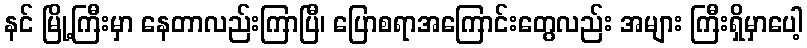
နင် မြို့ကြီးမှာ နေတာလည်းကြာပြီ၊ ပြောစရာအကြောင်းတွေလည်း အများ ကြီးရှိမှာပေါ့